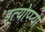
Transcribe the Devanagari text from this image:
इत्योप्प्या